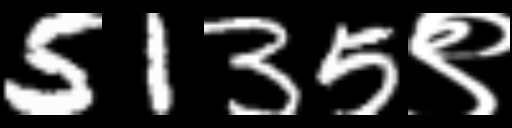
Text: 5135९